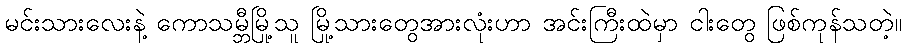
မင်းသားလေးနဲ့ ကောသမ္ဘီမြို့သူ မြို့သားတွေအားလုံးဟာ အင်းကြီးထဲမှာ ငါးတွေ ဖြစ်ကုန်သတဲ့။